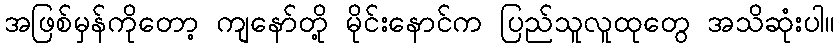
အဖြစ်မှန်ကိုတော့ ကျနော်တို့ မိုင်းနောင်က ပြည်သူလူထုတွေ အသိဆုံးပါ။